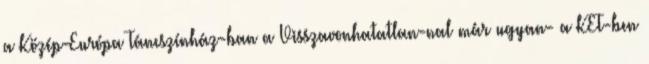
a Közép-Európa Táncszínház-ban a Visszavonhatatlan-nal már ugyan- a KET-ben